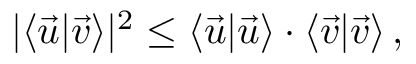
| \langle \vec { u } | \vec { v } \rangle | ^ { 2 } \leq \langle \vec { u } | \vec { u } \rangle \cdot \langle \vec { v } | \vec { v } \rangle \, ,